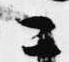
こ